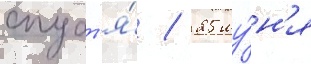
спуст'я́ / 25 иу́н'я